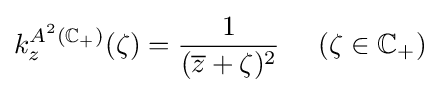
k_{z}^{A^{2}(\mathbb {C} _{+})}(\zeta )={\frac {1}{({\overline {z}}+\zeta )^{2}}}\;\;\;\;\;(\zeta \in \mathbb {C} _{+})